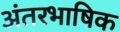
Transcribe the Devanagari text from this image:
अंतरभाषिक